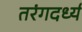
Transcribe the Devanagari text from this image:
तरंगदर्ध्य